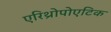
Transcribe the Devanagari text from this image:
एरिथ्रोपोएटिक